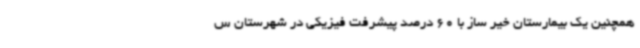
همچنین یک بیمارستان خیر ساز با 60 درصد پیشرفت فیزیکی در شهرستان س